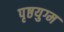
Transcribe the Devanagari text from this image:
पृष्ठयुग्म